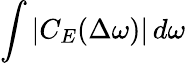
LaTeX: \int|C_{E}(\Delta\omega)|\, d\omega